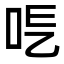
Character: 𠰆